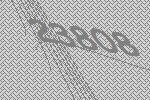
23808